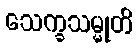
သေက္ခသမ္မုတိ